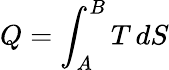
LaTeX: Q=\int_{A}^{B}T\, dS